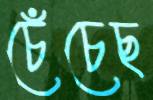
চেঁচেছ